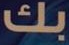
بك